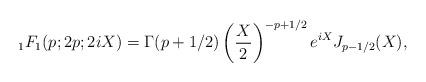
LaTeX: \begin{align*} {}_1 F_1 (p;2p;2iX) = \Gamma(p+1/2) \left( {X \over 2} \right)^{-p+1/2} e^{iX} J_{p-1/2}(X), \end{align*}